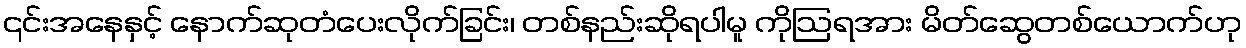
၎င်းအနေနှင့် နောက်ဆုတံပေးလိုက်ခြင်း၊ တစ်နည်းဆိုရပါမူ ကိုဩရအား မိတ်ဆွေတစ်ယောက်ဟု